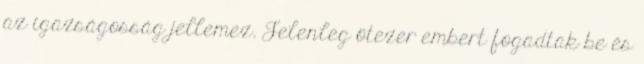
az igazságosság jellemez. Jelenleg ötezer embert fogadtak be és